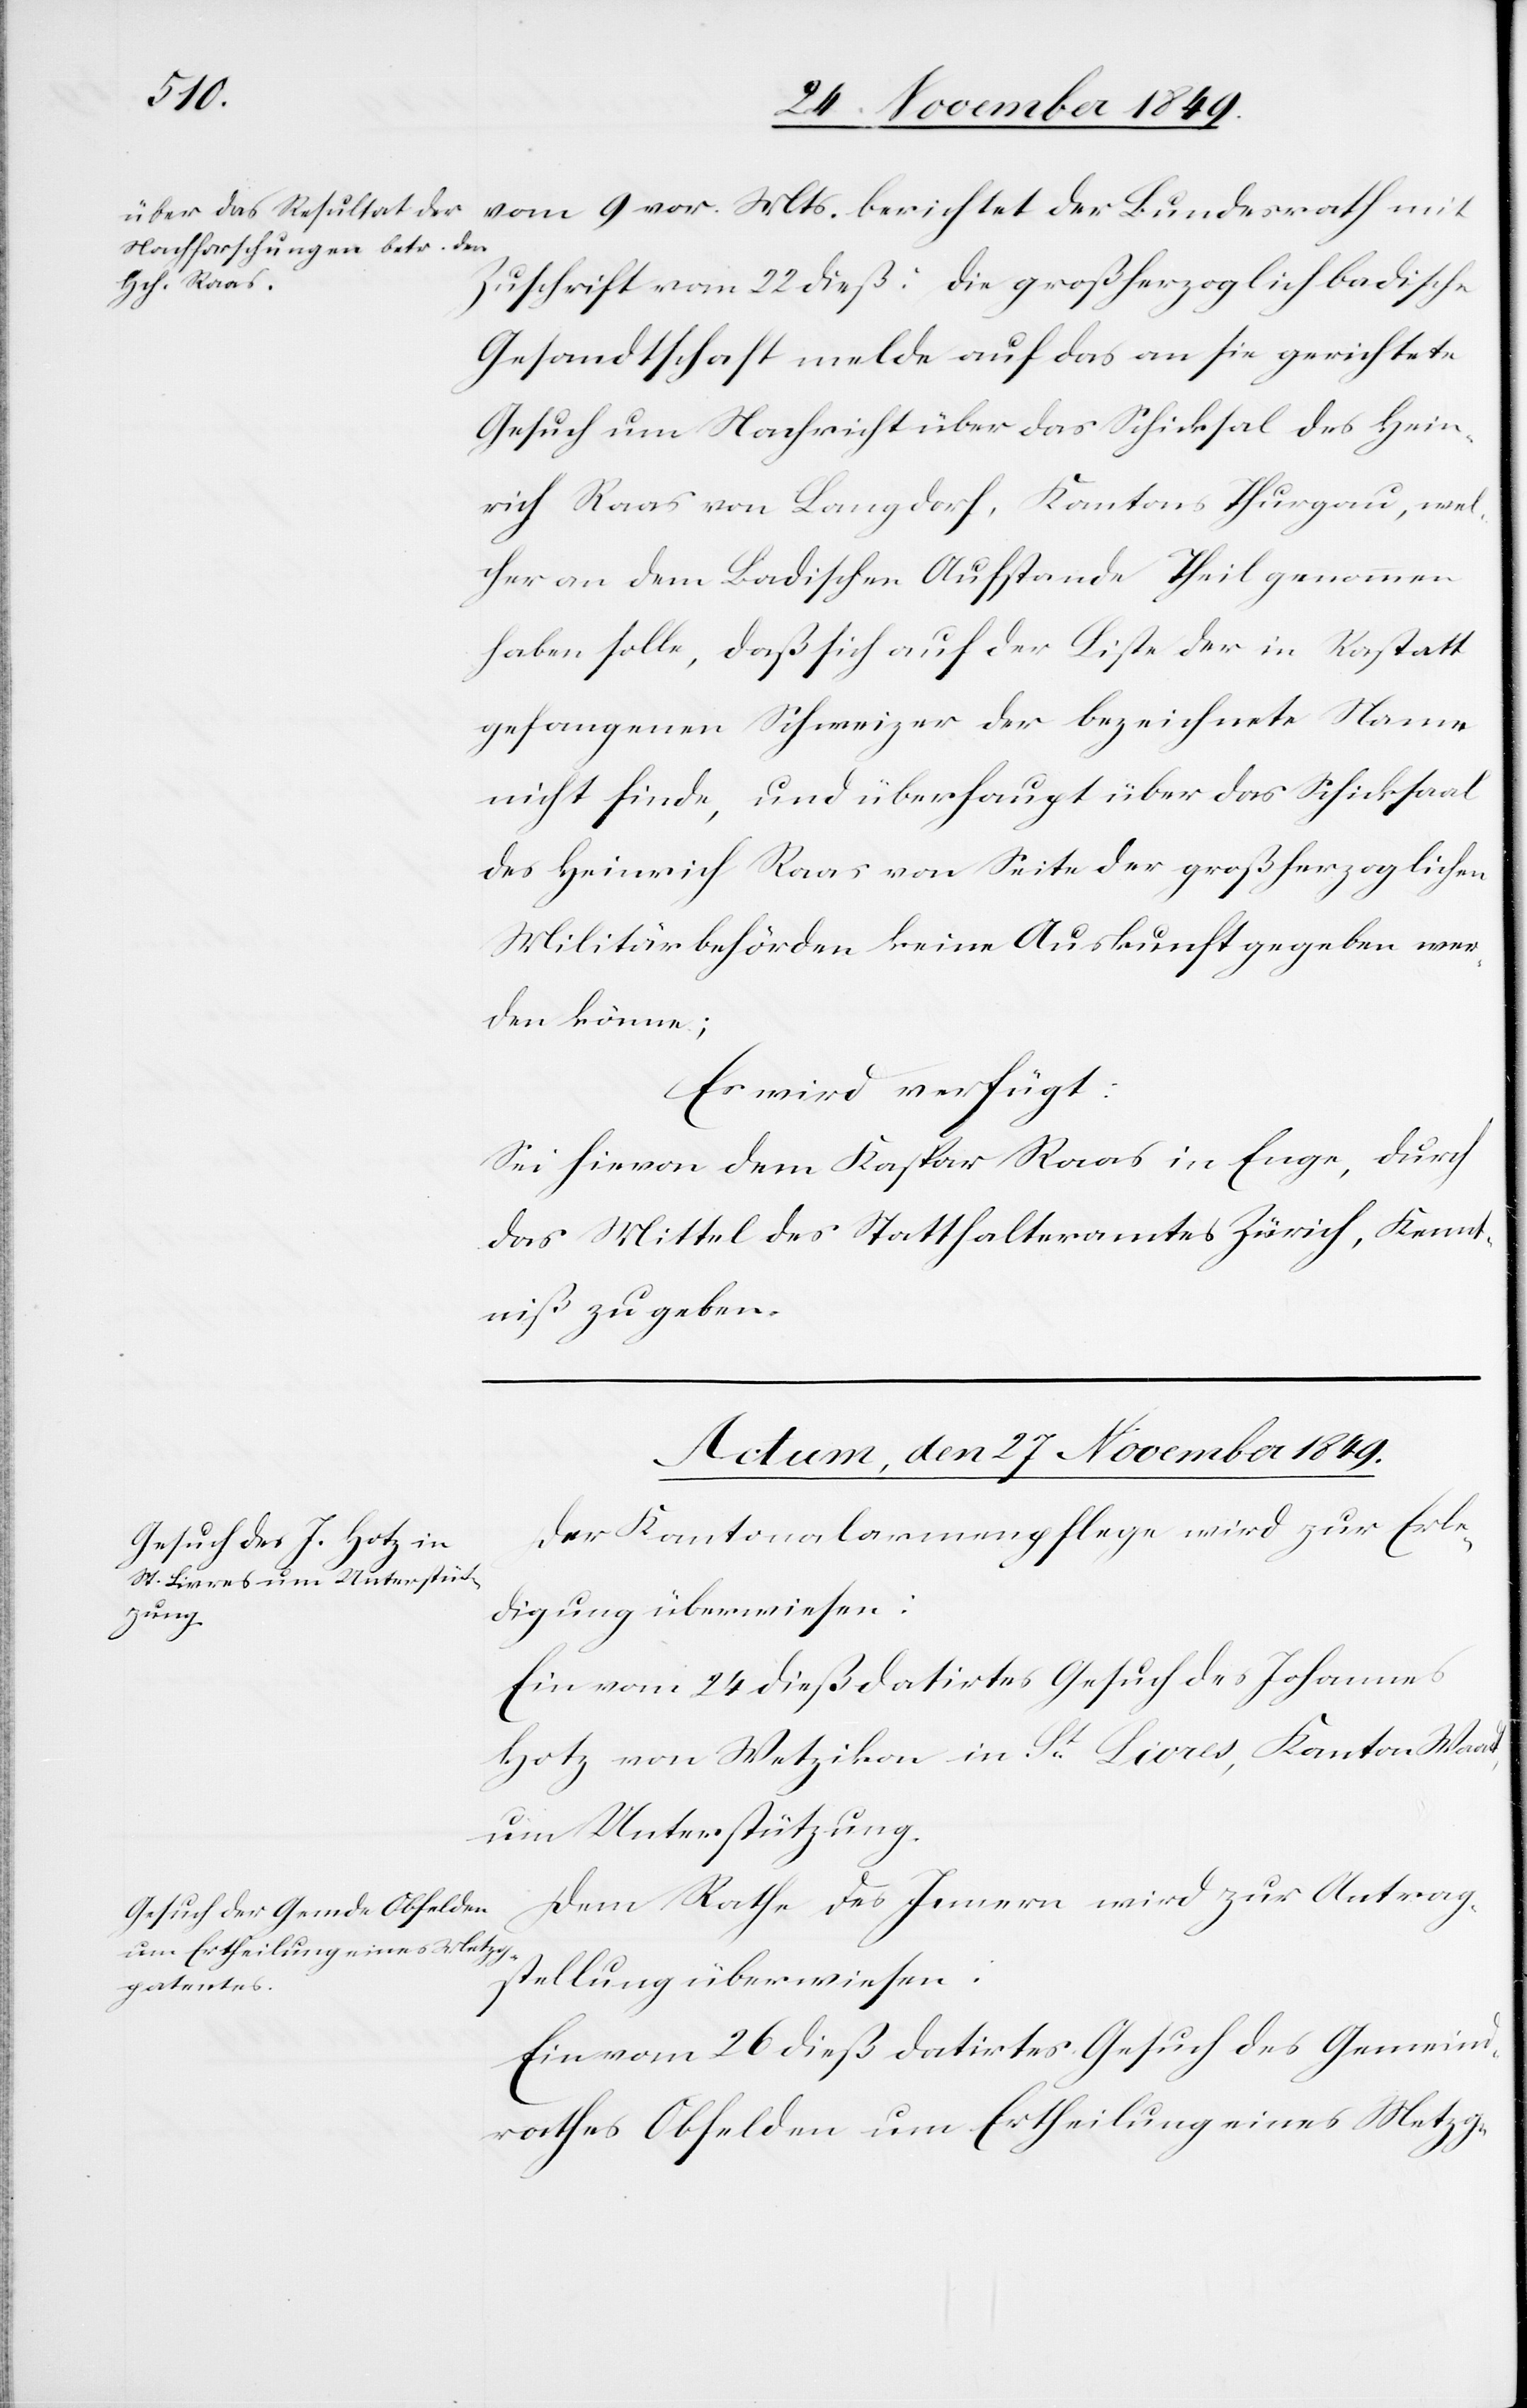
der
Zuschrift vom 22 dieß: Die großherzogliche badische
Gesandtschaft melde auf das an sie gerichtete
Gesuch um Nachricht über das Schicksal des Hein¬
rich Raas von Langdorf, Kantons Thurgau, wel¬
cher an dem badischen Aufstande Theil genommen
haben solle, daß sich auf der Liste der in Rastatt
gefangenen Schweizer der bezeichnete Name
nicht finde, und überhaupt über das Schicksal
des Heinrich Raas von Seite der großherzoglichen
Militärbehörden keine Auskunft gegeben wer¬
den könne;
Es wird verfügt:
Sei hievon dem Kaspar Raas in Enge, durch
das Mittel des Statthalteramtes Zürich, Kennt¬
niß zu geben.
Actum, den 27 November 1849.]
Der Kantonalarmenpflege wird zur Erle¬
digung überwiesen:
Ein vom 24 dieß datirtes Gesuch des Johannes
Hotz von Wetzikon in St. Livres, Kanton Waadt,
um Unterstützung.
Dem Rathe des Innern wird zur Antrag¬
vor.
stellung überwiesen:
Ein vom 26 dieß datirtes Gesuch des Gemeind¬
rathes Obfelden um Ertheilung eines Metzg-